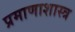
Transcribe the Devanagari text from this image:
प्रमाणाशास्त्र